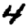
Digit: 4